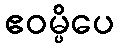
ဧဝမ္ပိပေ